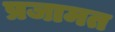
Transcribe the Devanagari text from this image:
प्रजामत